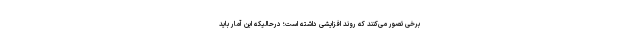
برخی تصور می‌کنند که روند افزایشی داشته است؛ درحالیکه این آمار باید